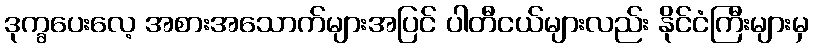
ဒုက္ခပေးလေ့ အစားအသောက်များအပြင် ပါတီငယ်များလည်း နိုင်ငံကြီးများမှ